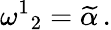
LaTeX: \omega^{1}{}_{2}=\widetilde{\alpha}\, .